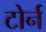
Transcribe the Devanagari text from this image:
टोर्न